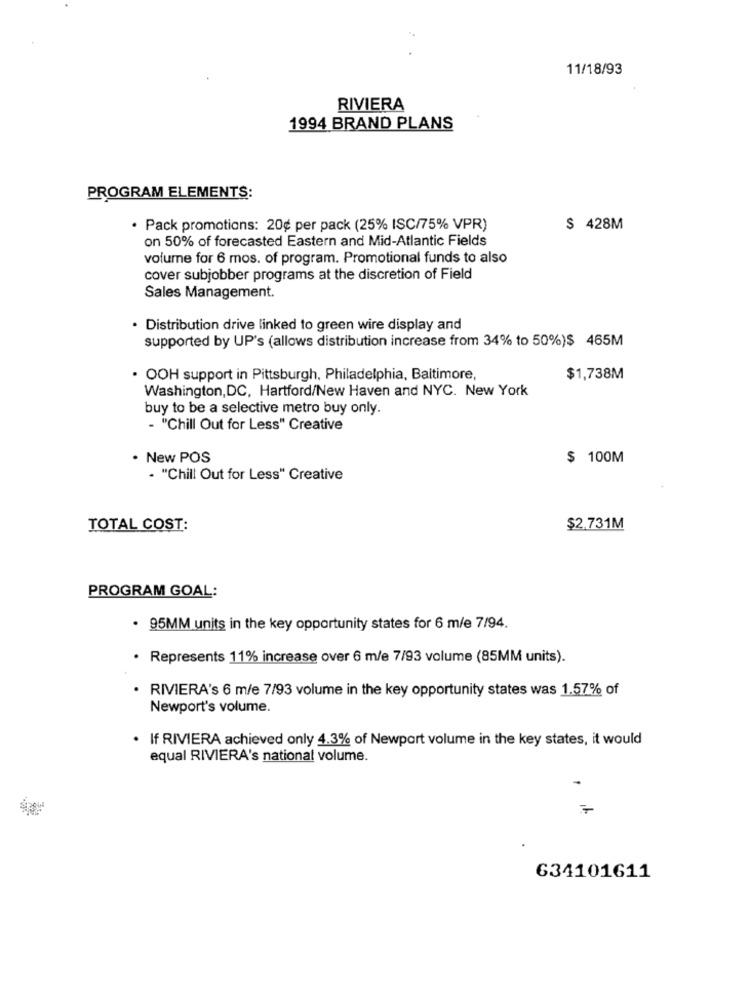
11/18/93
RIVIERA
1994 BRAND PLANS
PROGRAM ELEMENTS:
· Pack promotions: 20¢ per pack (25% ISC/75% VPR)
$ 428M
on 50% of forecasted Eastern and Mid-Atlantic Fields
volume for 6 mos. of program. Promotional funds to also
cover subjobber programs at the discretion of Field
Sales Management.
· Distribution drive linked to green wire display and
supported by UP's (allows distribution increase from 34% to 50%)$ 465M
· OOH support in Pittsburgh, Philadelphia, Baltimore,
$1,738M
Washington, DC, Hartford/New Haven and NYC. New York
buy to be a selective metro buy only.
- "Chill Out for Less" Creative
· New POS
$ 100M
. "Chill Out for Less" Creative
TOTAL COST:
$2.731M
PROGRAM GOAL:
. 95MM units in the key opportunity states for 6 m/e 7/94.
· Represents 11% increase over 6 m/e 7/93 volume (85MM units).
. RIVERA's 6 m/e 7/93 volume in the key opportunity states was 1.57% of
Newport's volume.
. If RIVIERA achieved only 4.3% of Newport volume in the key states, it would
equal RIVIERA's national volume.
-
634101611